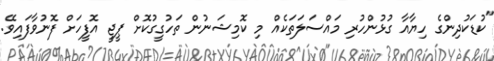
"ކުޑަކުދިންގެ ހިޔާއާ ގުޅުންހުރި މައްސަލަތަކެއް މި ކޮމިޝަނުން ތަހުގީގުކޮށް ޕީޖީ އޮފީހަށް ފޮނުވާފައިވޭ.